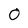
Character: 0